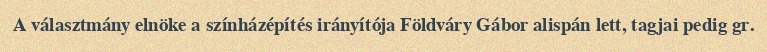
A választmány elnöke a színházépítés irányítója Földváry Gábor alispán lett, tagjai pedig gr.